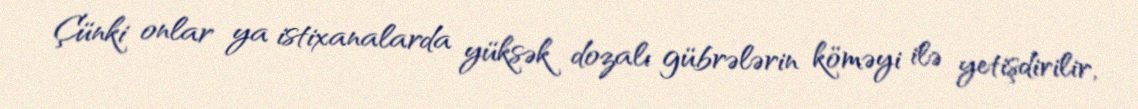
Çünki onlar ya istixanalarda yüksək dozalı gübrələrin köməyi ilə yetişdirilir,